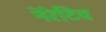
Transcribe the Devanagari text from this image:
नेरेटिव